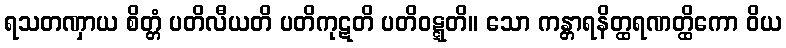
ရသတဏှာယ စိတ္တံ ပတိလီယတိ ပတိကုဋတိ ပတိဝဋ္ဋတိ။ သော ကန္တာရနိတ္ထရဏတ္ထိကော ဝိယ